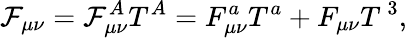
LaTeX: \mathcal{F}_{\mu\nu}=\mathcal{F}_{\mu\nu}^{A}T^{A}=F_{\mu\nu}^{a}T^{a}+F_{\mu\nu}T^{\, 3},